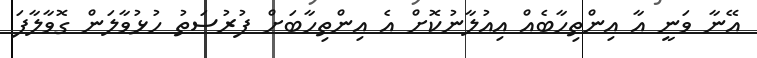
އޭނާ ވަނީ އާ އިންތިހާބެއް އިއުލާނުކޮށް އެ އިންތިހާބަށް ފުރުސަތު ހުޅުވާލަން ގޮވާލާފަ